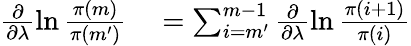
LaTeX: \begin{array}{rl}{\frac{\partial}{\partial\lambda}\ln\frac{\pi(m)}{\pi(m^{\prime})}}&{{}=\sum_{i=m^{\prime}}^{m-1}\frac{\partial}{\partial\lambda}\ln\frac{\pi(i+1)}{\pi(i)}}\end{array}